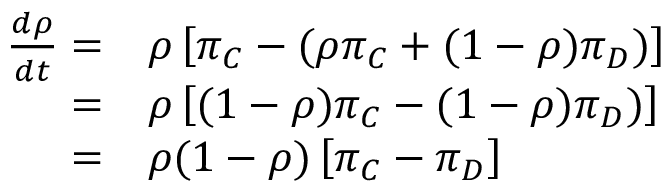
\begin{array} { r l } { \frac { d \rho } { d t } = } & { { } \rho \left[ \pi _ { C } - ( \rho \pi _ { C } + ( 1 - \rho ) \pi _ { D } ) \right] } \\ { = } & { { } \rho \left[ ( 1 - \rho ) \pi _ { C } - ( 1 - \rho ) \pi _ { D } ) \right] } \\ { = } & { { } \rho ( 1 - \rho ) \left[ \pi _ { C } - \pi _ { D } \right] } \end{array}